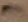
Text: -